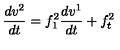
\frac { d v ^ { 2 } } { d t } = f _ { 1 } ^ { 2 } \frac { d v ^ { 1 } } { d t } + f _ { t } ^ { 2 }